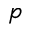
p